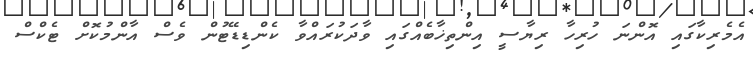
އެމެރިކާގައި އޮންނަ ހުރިހާ ރިޔާސީ އިންތިޚާބެއްގައި ވާދަކުރައްވާ ކެންޑިޑޭޓުން ވެސް އާންމުކޮށް ޓެކްސް